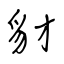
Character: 豺